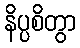
နိပ္ပစိတွာ